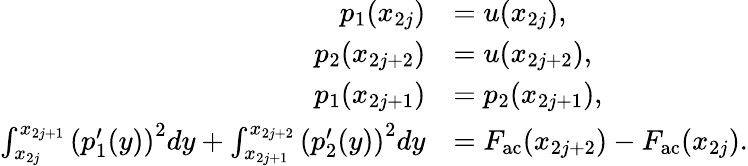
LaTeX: \begin{array}{rl}{p_{1}(x_{2j})}&{=u(x_{2j}),}\\ {p_{2}(x_{2j+2})}&{=u(x_{2j+2}),}\\ {p_{1}(x_{2j+1})}&{=p_{2}(x_{2j+1}),}\\ {\int_{x_{2j}}^{x_{2j+1}}\left(p_{1}^{\prime}(y)\right)^{2}dy+\int_{x_{2j+1}}^{x_{2j+2}}\left(p_{2}^{\prime}(y)\right)^{2}dy}&{=F_{\mathrm{ac}}(x_{2j+2})-F_{\mathrm{ac}}(x_{2j}).}\end{array}